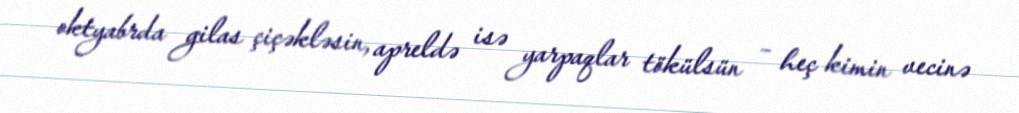
oktyabrda gilas çiçəkləsin, apreldə isə yarpaqlar tökülsün – heç kimin vecinə